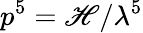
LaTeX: p^{5}=\mathscr{H}/\lambda^{5}